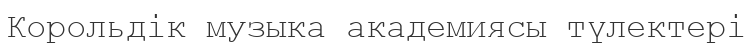
Корольдік музыка академиясы түлектері